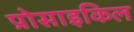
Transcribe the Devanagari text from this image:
प्रोसाइकिल